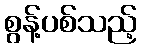
စွန့်ပစ်သည့်